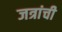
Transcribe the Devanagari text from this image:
जत्रांची